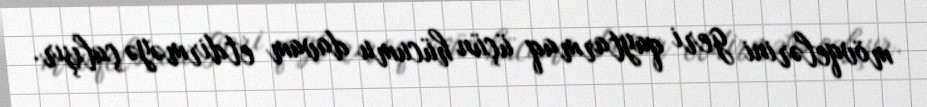
mövqelərini geri qaytarmaq üçün hücumu davam etdirməyə çalışır.